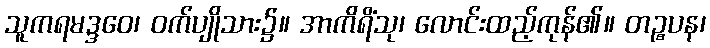
သူကရမဒ္ဒဝေ၊ ဝက်ပျိုသား၌။ အာကိရိံသု၊ လောင်းထည့်ကုန်၏။ တဉ္စပန၊